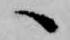
へ